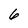
Character: 6